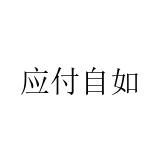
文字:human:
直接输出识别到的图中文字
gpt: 应付自如